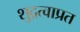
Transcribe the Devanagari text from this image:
शुद्रत्वाप्रत